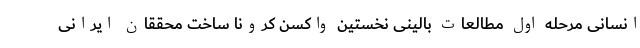
انسانی مرحله اول مطالعات بالینی نخستین واکسن کرونا ساخت محققان ایرانی